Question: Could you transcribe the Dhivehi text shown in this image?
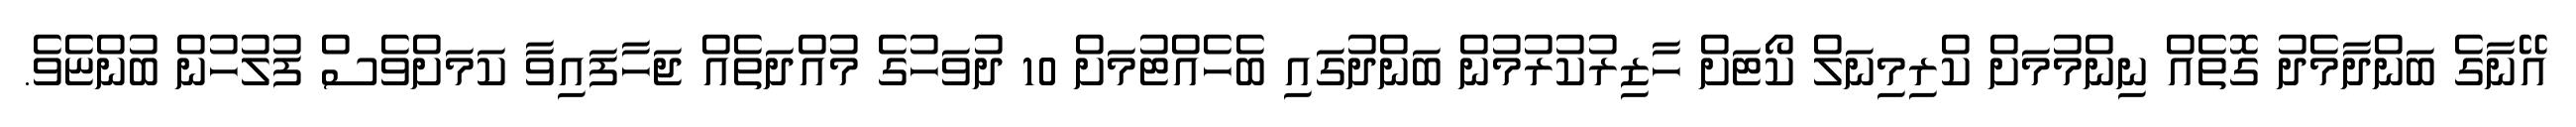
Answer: އޭނާގެ ބަންދާމެދު ގޮތެއް ނިންމުމަށް ކްރިމިނަލް ކޯޓަށް ހާޒިރުކުރުމުން ބަންދުގައި ބެހެއްޓުމަށް 10 ދުވަހުގެ މުއްދަތެއް ޖަހާފައިވާ ކަމަށްވެސް ފުލުހުން ބުންޏެވެ.